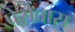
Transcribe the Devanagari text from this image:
पेसेवास